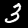
Label: 3